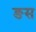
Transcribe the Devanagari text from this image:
ङस